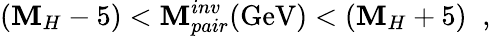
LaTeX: (\mathbf{M}_{H}-5)<\mathbf{M}_{pair}^{inv}(\mathrm{{GeV}})<(\mathbf{M}_{H}+5)\; \; ,